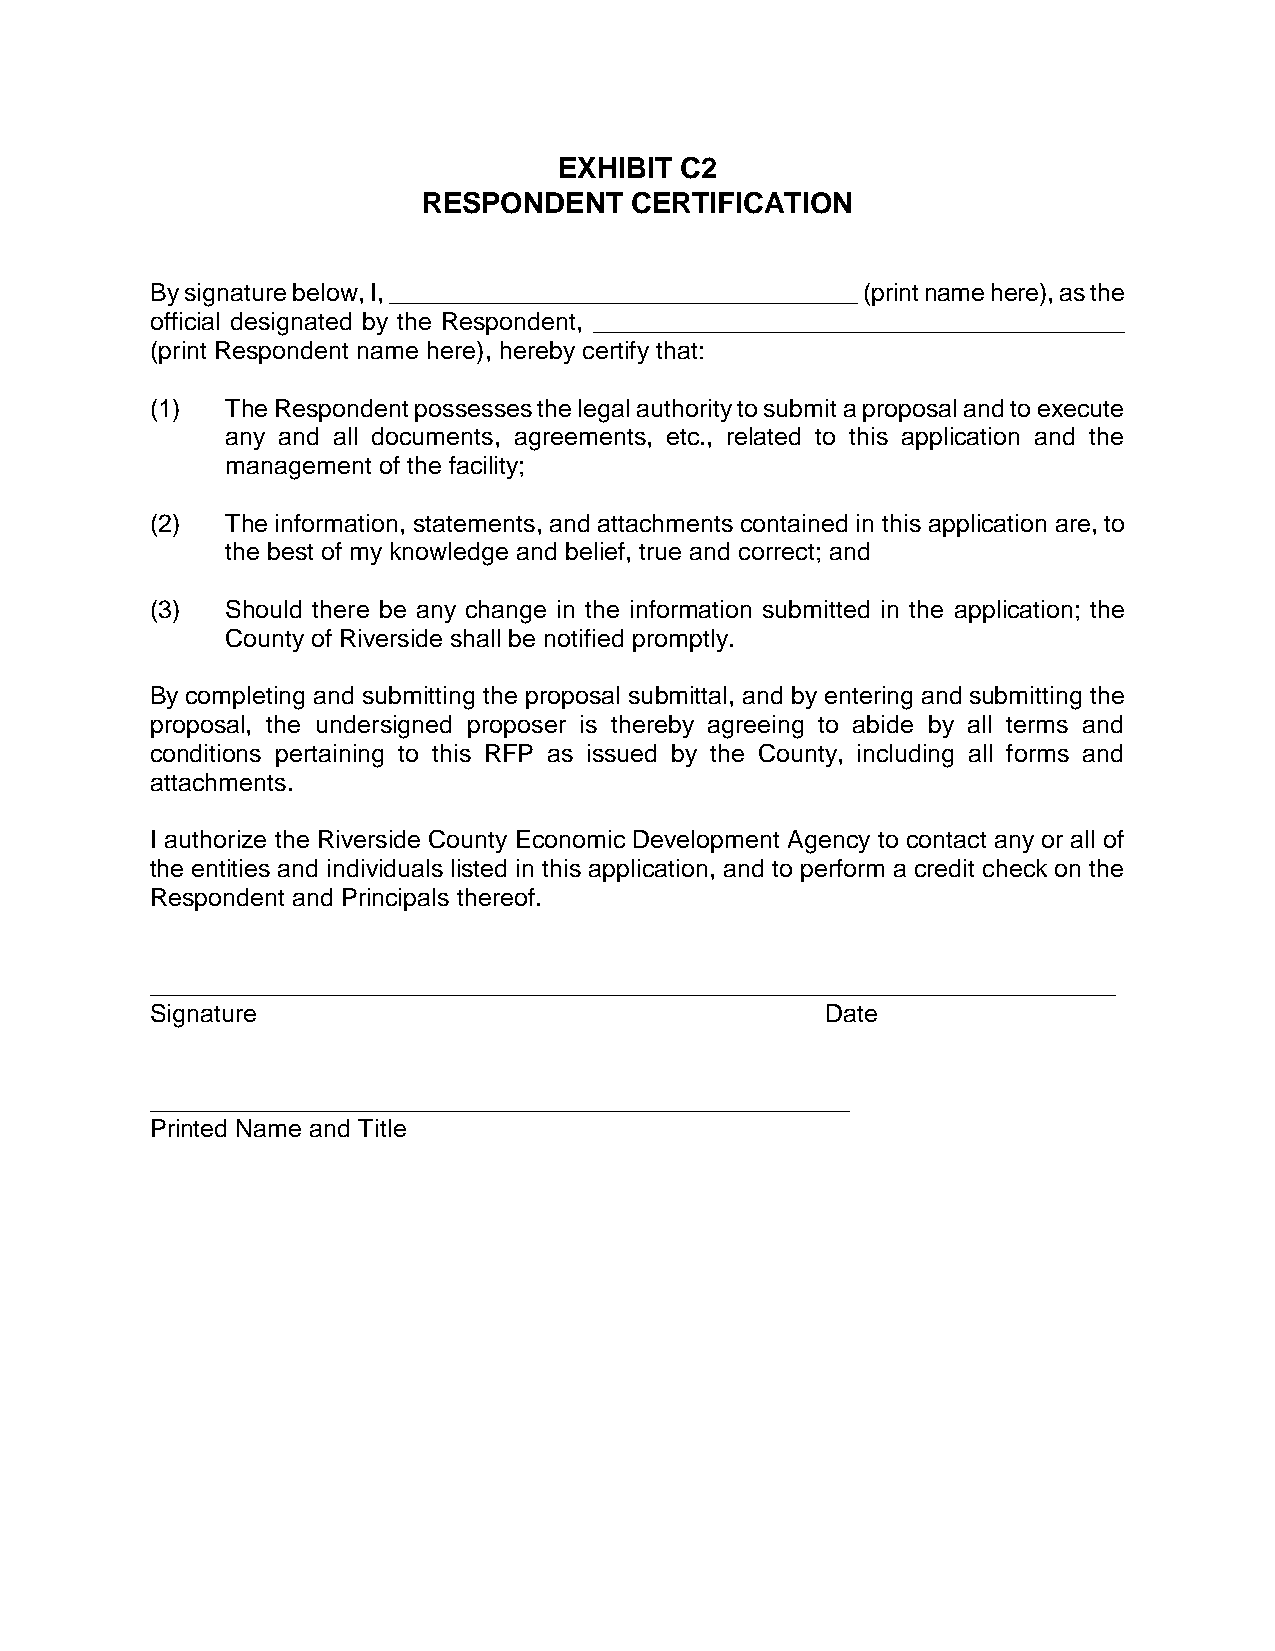
EXHIBIT C2
 RESPONDENT    CERTIFICATION
 By signature below, I, __________________________________ (print name here), as the
 official designated by the Respondent, ______________________________________
 (print Respondent name here), hereby certify that:
 (1)  The Respondent possesses the legal authority to submit a proposal and to execute
 any and all documents, agreements, etc., related to this application and the
 management of the facility;
 (2)  The information, statements, and attachments contained in this application are, to
 the best of my knowledge and belief, true and correct; and
 (3)  Should there be any change in the information submitted in the application; the
 County of Riverside shall be notified promptly.
 By completing and submitting the proposal submittal, and by entering and submitting the
 proposal, the undersigned proposer is thereby agreeing to abide by all terms and
 conditions pertaining to this RFP as issued by the County, including all forms and
 attachments.
 I authorize the Riverside County Economic Development Agency to contact any or all of
 the entities and individuals listed in this application, and to perform a credit check on the
 Respondent and Principals thereof.
 _____________________________________________________________________
 Signature                                    Date
 __________________________________________________
 Printed Name and Title